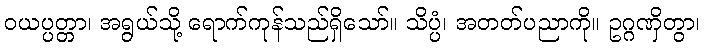
ဝယပ္ပတ္တာ၊ အရွယ်သို့ ရောက်ကုန်သည်ရှိသော်။ သိပ္ပံ၊ အတတ်ပညာကို။ ဥဂ္ဂဏှိတွာ၊